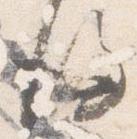
後